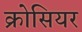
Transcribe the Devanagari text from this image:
क्रोसियर